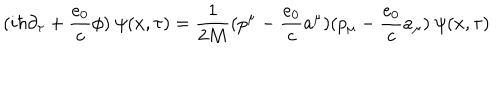
LaTeX: ( i \hbar \partial _ { \tau } + \frac { e _ { 0 } } { c } \phi ) \ \psi ( x , \tau ) = \frac { 1 } { 2 M } ( p ^ { \mu } - \frac { e _ { 0 } } { c } a ^ { \mu } ) ( p _ { \mu } - \frac { e _ { 0 } } { c } a _ { \mu } ) \ \psi ( x , \tau )